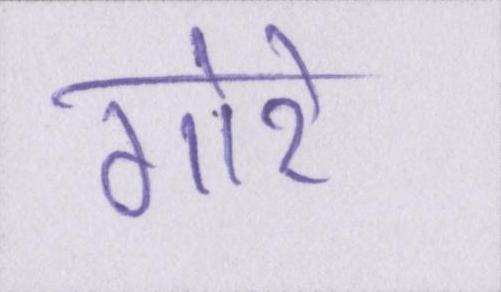
गोरे